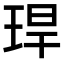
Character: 𤥚